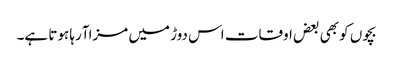
بچوں کو بھی بعض اوقات اس دوڑ میں مزاآرہا ہوتا ہے۔